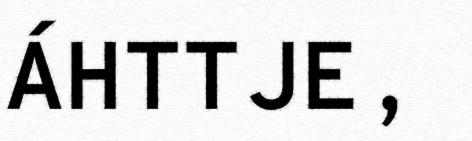
ÁHTTJE,